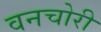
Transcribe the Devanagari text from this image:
वनचोरी